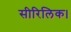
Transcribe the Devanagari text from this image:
सीरिलिक।